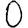
Digit: 0